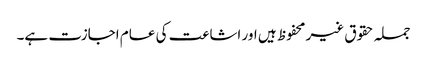
جملہ حقوق غیر محفوظ ہیں اور اشاعت کی عام اجازت ہے۔